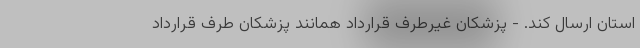
استان ارسال کند. - پزشکان غیرطرف قرارداد همانند پزشکان طرف قرارداد